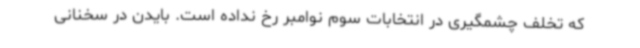
که تخلف چشمگیری در انتخابات سوم نوامبر رخ نداده است. بایدن در سخنانی